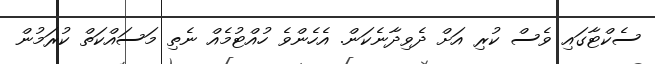
ސެކްޓާގައި ވެސް ކުރި އަށް ދެވިދާނެކަން. އެހެންވެ ހުއްޓުމެއް ނެތި މަސައްކަތް ކުރަމުން